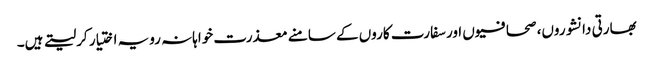
بھارتی دانشوروں، صحافیوں اور سفارت کاروں کے سامنے معذرت خواہانہ رویہ اختیار کرلیتے ہیں۔